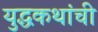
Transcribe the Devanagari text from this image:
युद्धकथांची